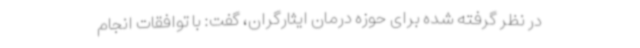
در نظر گرفته شده برای حوزه درمان ایثارگران، گفت: با توافقات انجام